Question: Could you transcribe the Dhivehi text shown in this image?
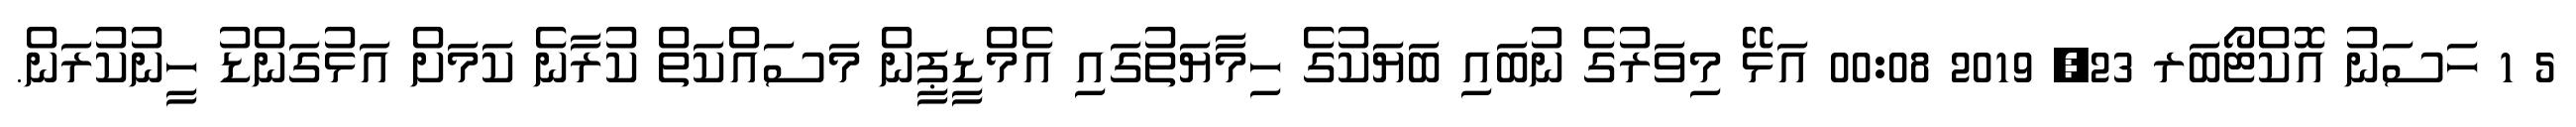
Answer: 5 1 ހަސަނު އޮކްޓޯބަރ 23, 2019 00:08 އަޅޭ މިވަރުގެ ނުބައި ބަޔަކުގެ ހިމާޔަތުގައި އެމްޑީޕީން މަސައްކަތް ކުރާނެ ކަމަށް އަޅުގަންޑު ހީނުކުރަން.